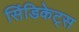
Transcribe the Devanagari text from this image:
सिंडिकेट्स